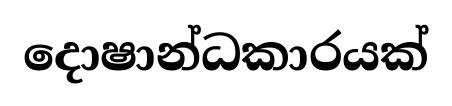
දොෂාන්ධකාරයක්